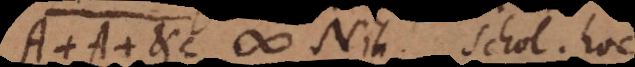
A + A etc. # Nih. Schol. hoc